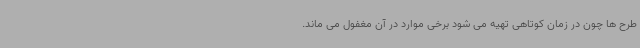
طرح ها چون در زمان کوتاهی تهیه می شود برخی موارد در آن مغفول می ماند.